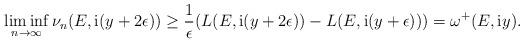
LaTeX: \begin{align*}\liminf_{n\rightarrow\infty}\nu_{n}(E,\mathrm{i}(y+2\epsilon))\geq \frac{1}{\epsilon}(L(E,\mathrm{i}(y+2\epsilon))-L(E,\mathrm{i}(y+\epsilon)))=\omega^{+}(E,\mathrm{i}y).\end{align*}